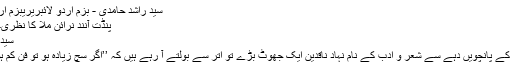
سید راشد حامدی - بزم اردو لائبریریبزم اردو لائبریری
پنڈت آنند نرائن ملّا کا نظریۂ شعر و ادب
سید راشد حامدی
پچھلی صدی کے پانچویں دہے سے شعر و ادب کے نام نہاد ناقدین ایک جھوٹ بڑے تو اتر سے بولتے آ رہے ہیں کہ ’’اگر سچ زیادہ ہو تو فن کم ہو جاتا ہے ‘‘۔